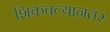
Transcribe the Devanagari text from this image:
शिकवल्यानंतर